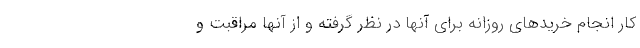
کار انجام خریدهای روزانه برای آنها در نظر گرفته و از آنها مراقبت و